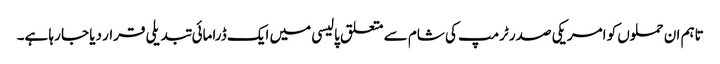
تاہم ان حملوں کو امریکی صدر ٹرمپ کی شام سے متعلق پالیسی میں ایک ڈرامائی تبدیلی قرار دیا جا رہا ہے۔